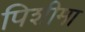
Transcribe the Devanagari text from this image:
पिशीमा